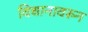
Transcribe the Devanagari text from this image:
विधानावरून